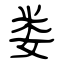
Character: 娄